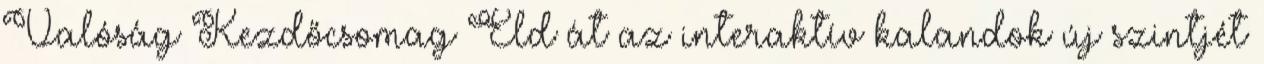
Valóság Kezdőcsomag Éld át az interaktív kalandok új szintjét